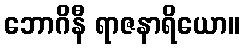
ဘောဂိနီ ရာဇနာရိယော။